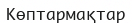
Көптармақтар